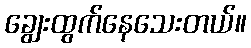
ချွေးထွက်နေသေးတယ်။